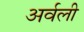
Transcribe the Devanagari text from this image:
अर्वली